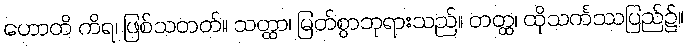
ဟောတိ ကိရ၊ ဖြစ်သတတ်။ သတ္ထာ၊ မြတ်စွာဘုရားသည်။ တတ္ထ၊ ထိုသင်္ကဿပြည်၌။